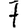
Digit: 7